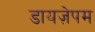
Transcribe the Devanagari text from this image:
डायज़ेपम